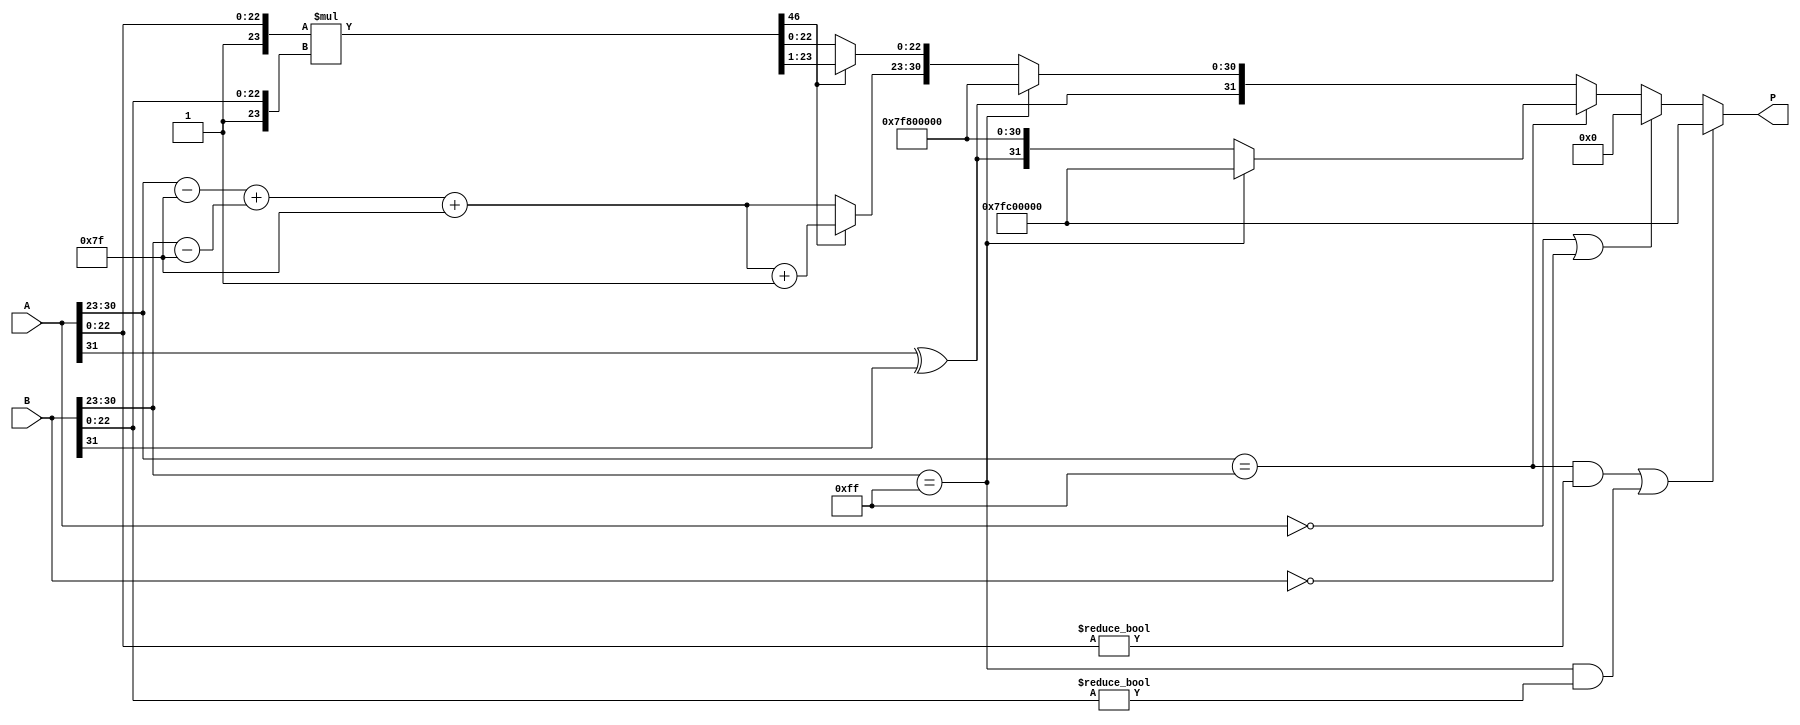
module fp_multiplier (
    input wire [31:0] A,   // First floating-point number
    input wire [31:0] B,   // Second floating-point number
    output reg [31:0] P    // Product of the two floating-point numbers
);

    // Extract components of A
    wire signA = A[31];
    wire [7:0] expA = A[30:23];
    wire [22:0] mantA = A[22:0];

    // Extract components of B
    wire signB = B[31];
    wire [7:0] expB = B[30:23];
    wire [22:0] mantB = B[22:0];

    // Intermediate variables
    reg [7:0] expP;        // Exponent for product
    reg [46:0] mantP;      // Product mantissa (24 + 24 = 48 bits)
    reg signP;             // Sign of the product
    reg [7:0] expP_temp;   // Temporary exponent for calculation

    // Constants
    localparam BIAS = 8'd127;

    always @(*) begin
        // Default output
        P = 32'b0;

        // Handle special cases
        if ((expA == 8'b11111111 && mantA != 23'b0) || (expB == 8'b11111111 && mantB != 23'b0)) begin
            // If either is NaN, result is NaN
            P[31:0] = 32'b01111111110000000000000000000000; // NaN representation
        end else if (A == 32'b0 || B == 32'b0) begin
            // If either is zero, result is zero
            P = 32'b0;
        end else if (expA == 8'b11111111) begin
            // If A is infinity
            signP = signA ^ signB;
            if (expB == 8'b11111111) begin
                // If B is also infinity, result is NaN
                P[31:0] = 32'b01111111110000000000000000000000; // NaN representation
            end else begin
                // Result is infinity
                P = {signP, 8'b11111111, 23'b0};
            end
        end else if (expB == 8'b11111111) begin
            // If B is infinity
            signP = signA ^ signB;
            // Result is infinity
            P = {signP, 8'b11111111, 23'b0};
        end else begin
            // Normal multiplication
            // Normalize mantissas (add implicit leading 1)
            mantP = {1'b1, mantA} * {1'b1, mantB}; // Multiply mantissas

            // Calculate exponent
            expP_temp = (expA - BIAS) + (expB - BIAS);
            expP = expP_temp + BIAS;

            // Check for normalization
            if (mantP[46]) begin
                // If mantissa exceeds 24 bits, shift
                mantP = mantP >> 1;
                expP = expP + 1;
            end

            // Determine sign of the product
            signP = signA ^ signB;

            // Assemble output
            P = {signP, expP[7:0], mantP[22:0]};
        end
    end

endmodule